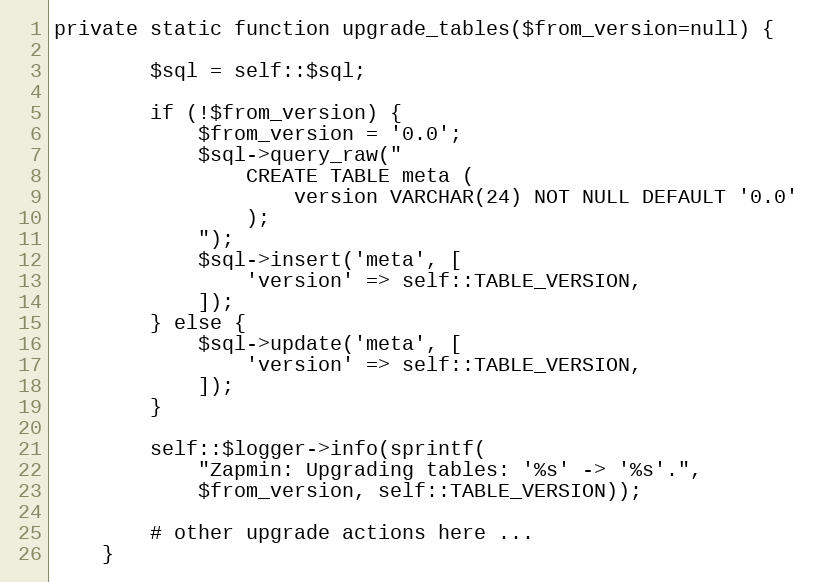
Language: PHP
private static function upgrade_tables($from_version=null) {

		$sql = self::$sql;

		if (!$from_version) {
			$from_version = '0.0';
			$sql->query_raw("
				CREATE TABLE meta (
					version VARCHAR(24) NOT NULL DEFAULT '0.0'
				);
			");
			$sql->insert('meta', [
				'version' => self::TABLE_VERSION,
			]);
		} else {
			$sql->update('meta', [
				'version' => self::TABLE_VERSION,
			]);
		}

		self::$logger->info(sprintf(
			"Zapmin: Upgrading tables: '%s' -> '%s'.",
			$from_version, self::TABLE_VERSION));

		# other upgrade actions here ...
	}